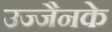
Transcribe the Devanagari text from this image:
उज्जैनके